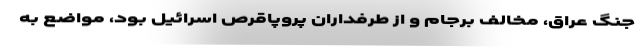
جنگ عراق، مخالف برجام و از طرفداران پروپاقرص اسرائیل بود، مواضع به